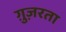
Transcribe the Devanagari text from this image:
ग़ुज़रता